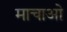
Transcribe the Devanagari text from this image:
माचाओ